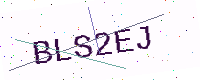
Text: BLS2EJ